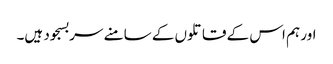
اور ہم اس کے قاتلوں کے سامنے سربسجود ہیں۔